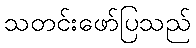
သတင်းဖော်ပြသည်